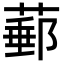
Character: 𦸙